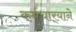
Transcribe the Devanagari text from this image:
कर्मचार्‍याने